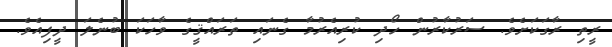
ރީތި ރާގަކަށެވެ. ސަރުކާރުން ހޯދި ކުރިއެރުމާ ގެނައި ތަރައްޤީގެ ވާހަކަ ބުނެލަ ދީފިއެވެ.